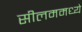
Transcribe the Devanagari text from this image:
सीलममध्ये